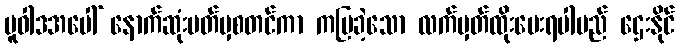
မူဝါဒအပေါ် နောက်ဆုံးပတ်မှစတင်ကာ ကပြခဲ့သော လက်မှတ်ထိုးပေးရပါမည် ဌေးနိုင်